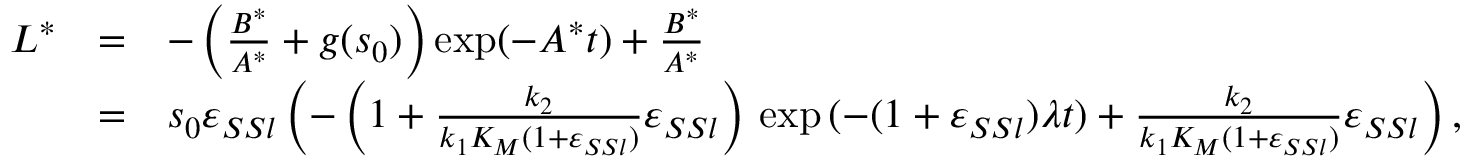
\begin{array} { r c l } { L ^ { * } } & { = } & { - \left( \frac { B ^ { * } } { A ^ { * } } + g ( s _ { 0 } ) \right) \exp ( - A ^ { * } t ) + \frac { B ^ { * } } { A ^ { * } } } \\ & { = } & { s _ { 0 } \varepsilon _ { S S l } \left( - \left( 1 + \frac { k _ { 2 } } { k _ { 1 } K _ { M } ( 1 + \varepsilon _ { S S l } ) } \varepsilon _ { S S l } \right) \, \exp { ( - ( 1 + \varepsilon _ { S S l } ) \lambda t ) } + \frac { k _ { 2 } } { k _ { 1 } K _ { M } ( 1 + \varepsilon _ { S S l } ) } \varepsilon _ { S S l } \right) , } \end{array}